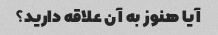
آیا هنوز به آن علاقه دارید؟